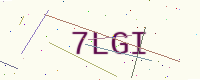
Text: 7LGI